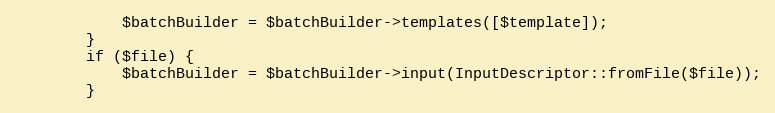
Language: PHP
            $batchBuilder = $batchBuilder->templates([$template]);
        }
        if ($file) {
            $batchBuilder = $batchBuilder->input(InputDescriptor::fromFile($file));
        }